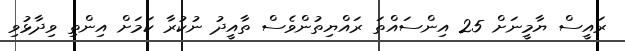
ރައީސް ޔާމީނަށް 25 އިންސައްތަ ރައްޔިތުންވެސް ތާއީދު ނުކުރާ ކަމަށް އިންތި ވިދާޅުވި